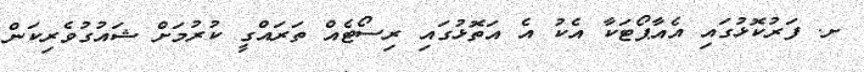
ށ. ފަރުކޮޅުގައި އެއާޕޯޓަކާ އެކު އެ އަތޮޅުގައި ރިސޯޓެއް ތަރައްގީ ކުރުމަށް ޝައުގުވެރިކަން